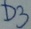
Text: D3